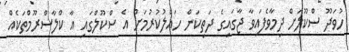
ހުވަދޫ ސްކޫލަށް ދިމާވެފައިވާ ޖާގައިގެ ދަތިކަން ހައްލުކުރުމަށް އެ ސްކޫލްގައި އާ ކްލާސްރޫމްތަކެއް